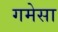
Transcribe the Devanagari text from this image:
गमेसा